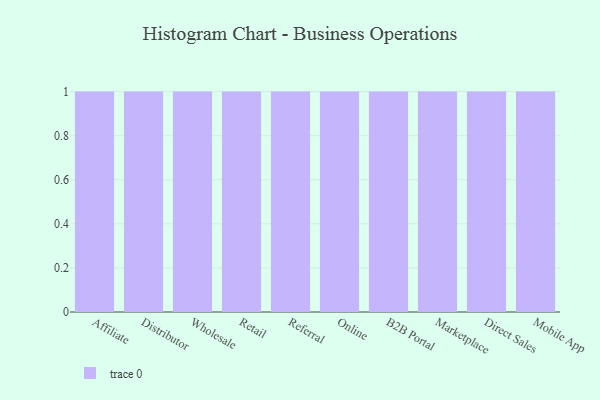
{"axis": {"x": "Channel", "y": "Backlog"}, "legend": [""], "data": [{"x": "Affiliate", "y": 28, "type": ""}, {"x": "Distributor", "y": 5, "type": ""}, {"x": "Wholesale", "y": 45, "type": ""}, {"x": "Retail", "y": 39, "type": ""}, {"x": "Referral", "y": 83, "type": ""}, {"x": "Online", "y": 76, "type": ""}, {"x": "B2B Portal", "y": 76, "type": ""}, {"x": "Marketplace", "y": 72, "type": ""}, {"x": "Direct Sales", "y": 75, "type": ""}, {"x": "Mobile App", "y": 55, "type": ""}]}